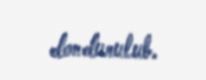
dondurulub.